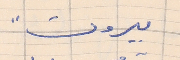
بيروت"